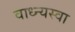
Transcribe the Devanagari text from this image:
वाध्न्यस्वा